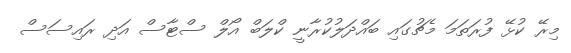
މިރޭ ކުޅޭ ފުރަތަމަ މެޗުގައި ބައްދަލުކުރާނީ ކްލަބް އޯލް ސްޓާސް އަދި ރައިސަސް